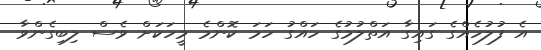
އެ ފުލުހެއްގެ ގައިގާ އަތްލުމުގެ ހައްގު ހަމަ ކޮންމެ މީހަކަށް ވެސް ލިބިގެންވާ